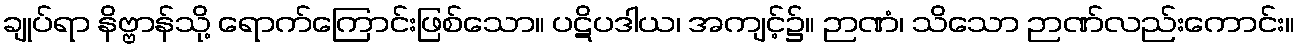
ချုပ်ရာ နိဗ္ဗာန်သို့ ရောက်ကြောင်းဖြစ်သော။ ပဋိပဒါယ၊ အကျင့်၌။ ဉာဏံ၊ သိသော ဉာဏ်လည်းကောင်း။